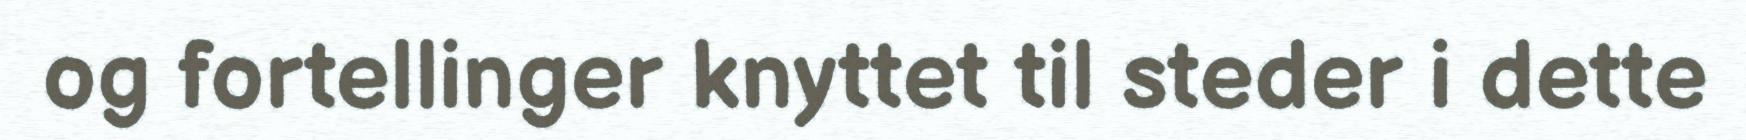
og fortellinger knyttet til steder i dette